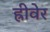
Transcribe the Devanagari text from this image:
ह्रीवेर